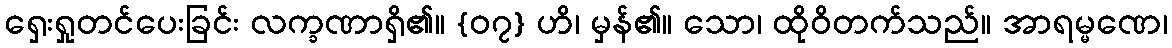
ရှေးရှုတင်ပေးခြင်း လက္ခဏာရှိ၏။ {၀၇} ဟိ၊ မှန်၏။ သော၊ ထိုဝိတက်သည်။ အာရမ္မဏေ၊